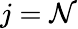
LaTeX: j=\mathcal{N}